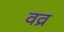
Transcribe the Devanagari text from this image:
वव्र